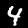
Digit: 4